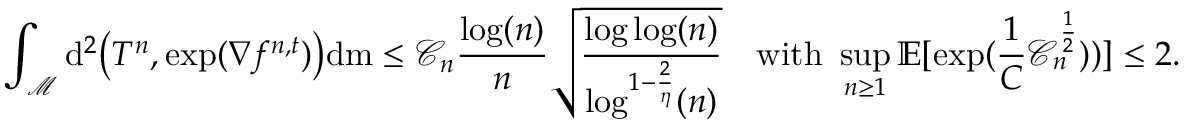
\int _ { \mathcal { M } } \mathrm { d } ^ { 2 } \big ( T ^ { n } , \mathrm { e x p } ( \nabla f ^ { n , t } ) \big ) \mathrm { d } \mathrm { m } \leq \mathcal { C } _ { n } \frac { \log ( n ) } { n } \sqrt { \frac { \log \log ( n ) } { \log ^ { 1 - \frac { 2 } { \eta } } ( n ) } } \quad \mathrm { w i t h ~ } \operatorname* { s u p } _ { n \geq 1 } \mathbb { E } [ \exp ( \frac { 1 } { C } \mathcal { C } _ { n } ^ { \frac 1 2 } ) ) ] \leq 2 .